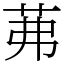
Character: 茀